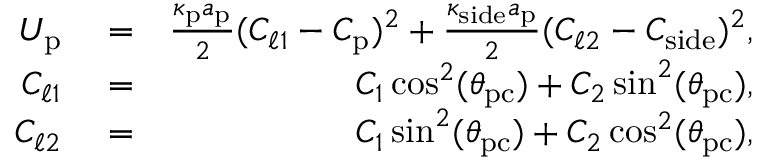
\begin{array} { r l r } { U _ { \mathrm { p } } } & { { } = } & { \frac { \kappa _ { \mathrm { p } } a _ { \mathrm { p } } } { 2 } ( C _ { \ell 1 } - C _ { \mathrm { p } } ) ^ { 2 } + \frac { \kappa _ { \mathrm { s i d e } } a _ { \mathrm { p } } } { 2 } ( C _ { \ell 2 } - C _ { \mathrm { s i d e } } ) ^ { 2 } , } \\ { C _ { \ell 1 } } & { { } = } & { C _ { 1 } \cos ^ { 2 } ( \theta _ { \mathrm { p c } } ) + C _ { 2 } \sin ^ { 2 } ( \theta _ { \mathrm { p c } } ) , } \\ { C _ { \ell 2 } } & { { } = } & { C _ { 1 } \sin ^ { 2 } ( \theta _ { \mathrm { p c } } ) + C _ { 2 } \cos ^ { 2 } ( \theta _ { \mathrm { p c } } ) , } \end{array}